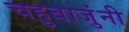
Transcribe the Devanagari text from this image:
चहुबाजुंनी